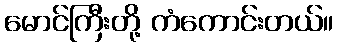
မောင်ကြီးတို့ ကံကောင်းတယ်။